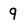
Character: 9